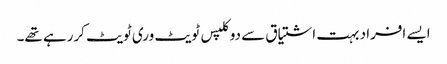
ایسے افراد بہت اشتیاق سے دوکلپس ٹویٹ وری ٹویٹ کررہے تھے۔